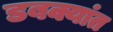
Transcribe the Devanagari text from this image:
डबक्यांत